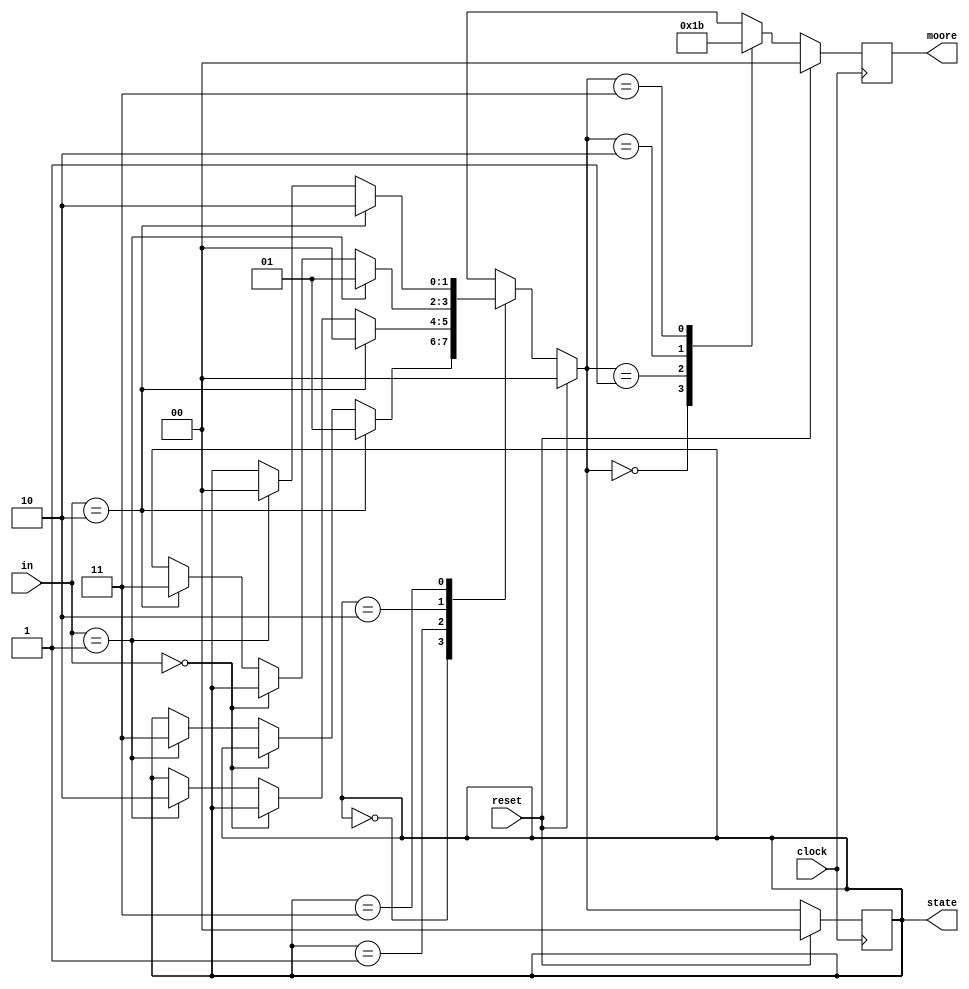
// This file was generated by				
// Qfsm Version 0.54					
// (C) Stefan Duffner, Rainer Strobel			

module FPGA_01 (clock, reset, in, state, moore);
  input     clock, reset;
  input  [1:0]  in;
  output [1:0]  moore;
  output [1:0]  state;

  reg[1:0]      moore=0;                   // Se inicializan registros a 0 (Qfsm no los inicializa )
  reg[1:0]      state=0, nextstate=0;

  parameter E0 = 2'b00, E1 = 2'b01, E2 = 2'b10, E3 = 2'b11;

  always @ (posedge clock) begin
    if (reset)
      begin
        state <= E0;
        moore <= 2'b00;
      end                                 // Se ha quitado punto y coma que Qfsm puso por error
    else
      begin
        state <= nextstate;
        case (nextstate)
          E0:
            moore <= 2'b00;
          E1:
            moore <= 2'b01;
          E2:
            moore <= 2'b10;
          E3:
            moore <= 2'b11;
        endcase
      end
  end

  always @ (reset or in or state) begin
    if (reset)
      nextstate = E0;
    else begin
      nextstate = state;
      case (state)
        E0:
        begin
          if (in==2'b10)
          begin
            nextstate = E1;
          end
          else if (in==2'b00)
          begin
          end
          else if (in==2'b01)
          begin
            nextstate = E3;
          end
        end
        E1:
        begin
          if (in==2'b10)
          begin
            nextstate = E0;
          end
          else if (in==2'b00)
          begin
          end
          else if (in==2'b01)
          begin
            nextstate = E2;
          end
        end
        E2:
        begin
          if (in==2'b01)
          begin
            nextstate = E1;
          end
          else if (in==2'b00)
          begin
          end
          else if (in==2'b10)
          begin
            nextstate = E3;
          end
        end
        E3:
        begin
          if (in==2'b10)
          begin
            nextstate = E2;
          end
          else if (in==2'b01)
          begin
            nextstate = E0;
          end
        end
      endcase
    end
  end

endmodule